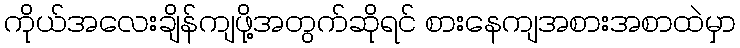
ကိုယ်အလေးချိန်ကျဖို့အတွက်ဆိုရင် စားနေကျအစားအစာထဲမှာ